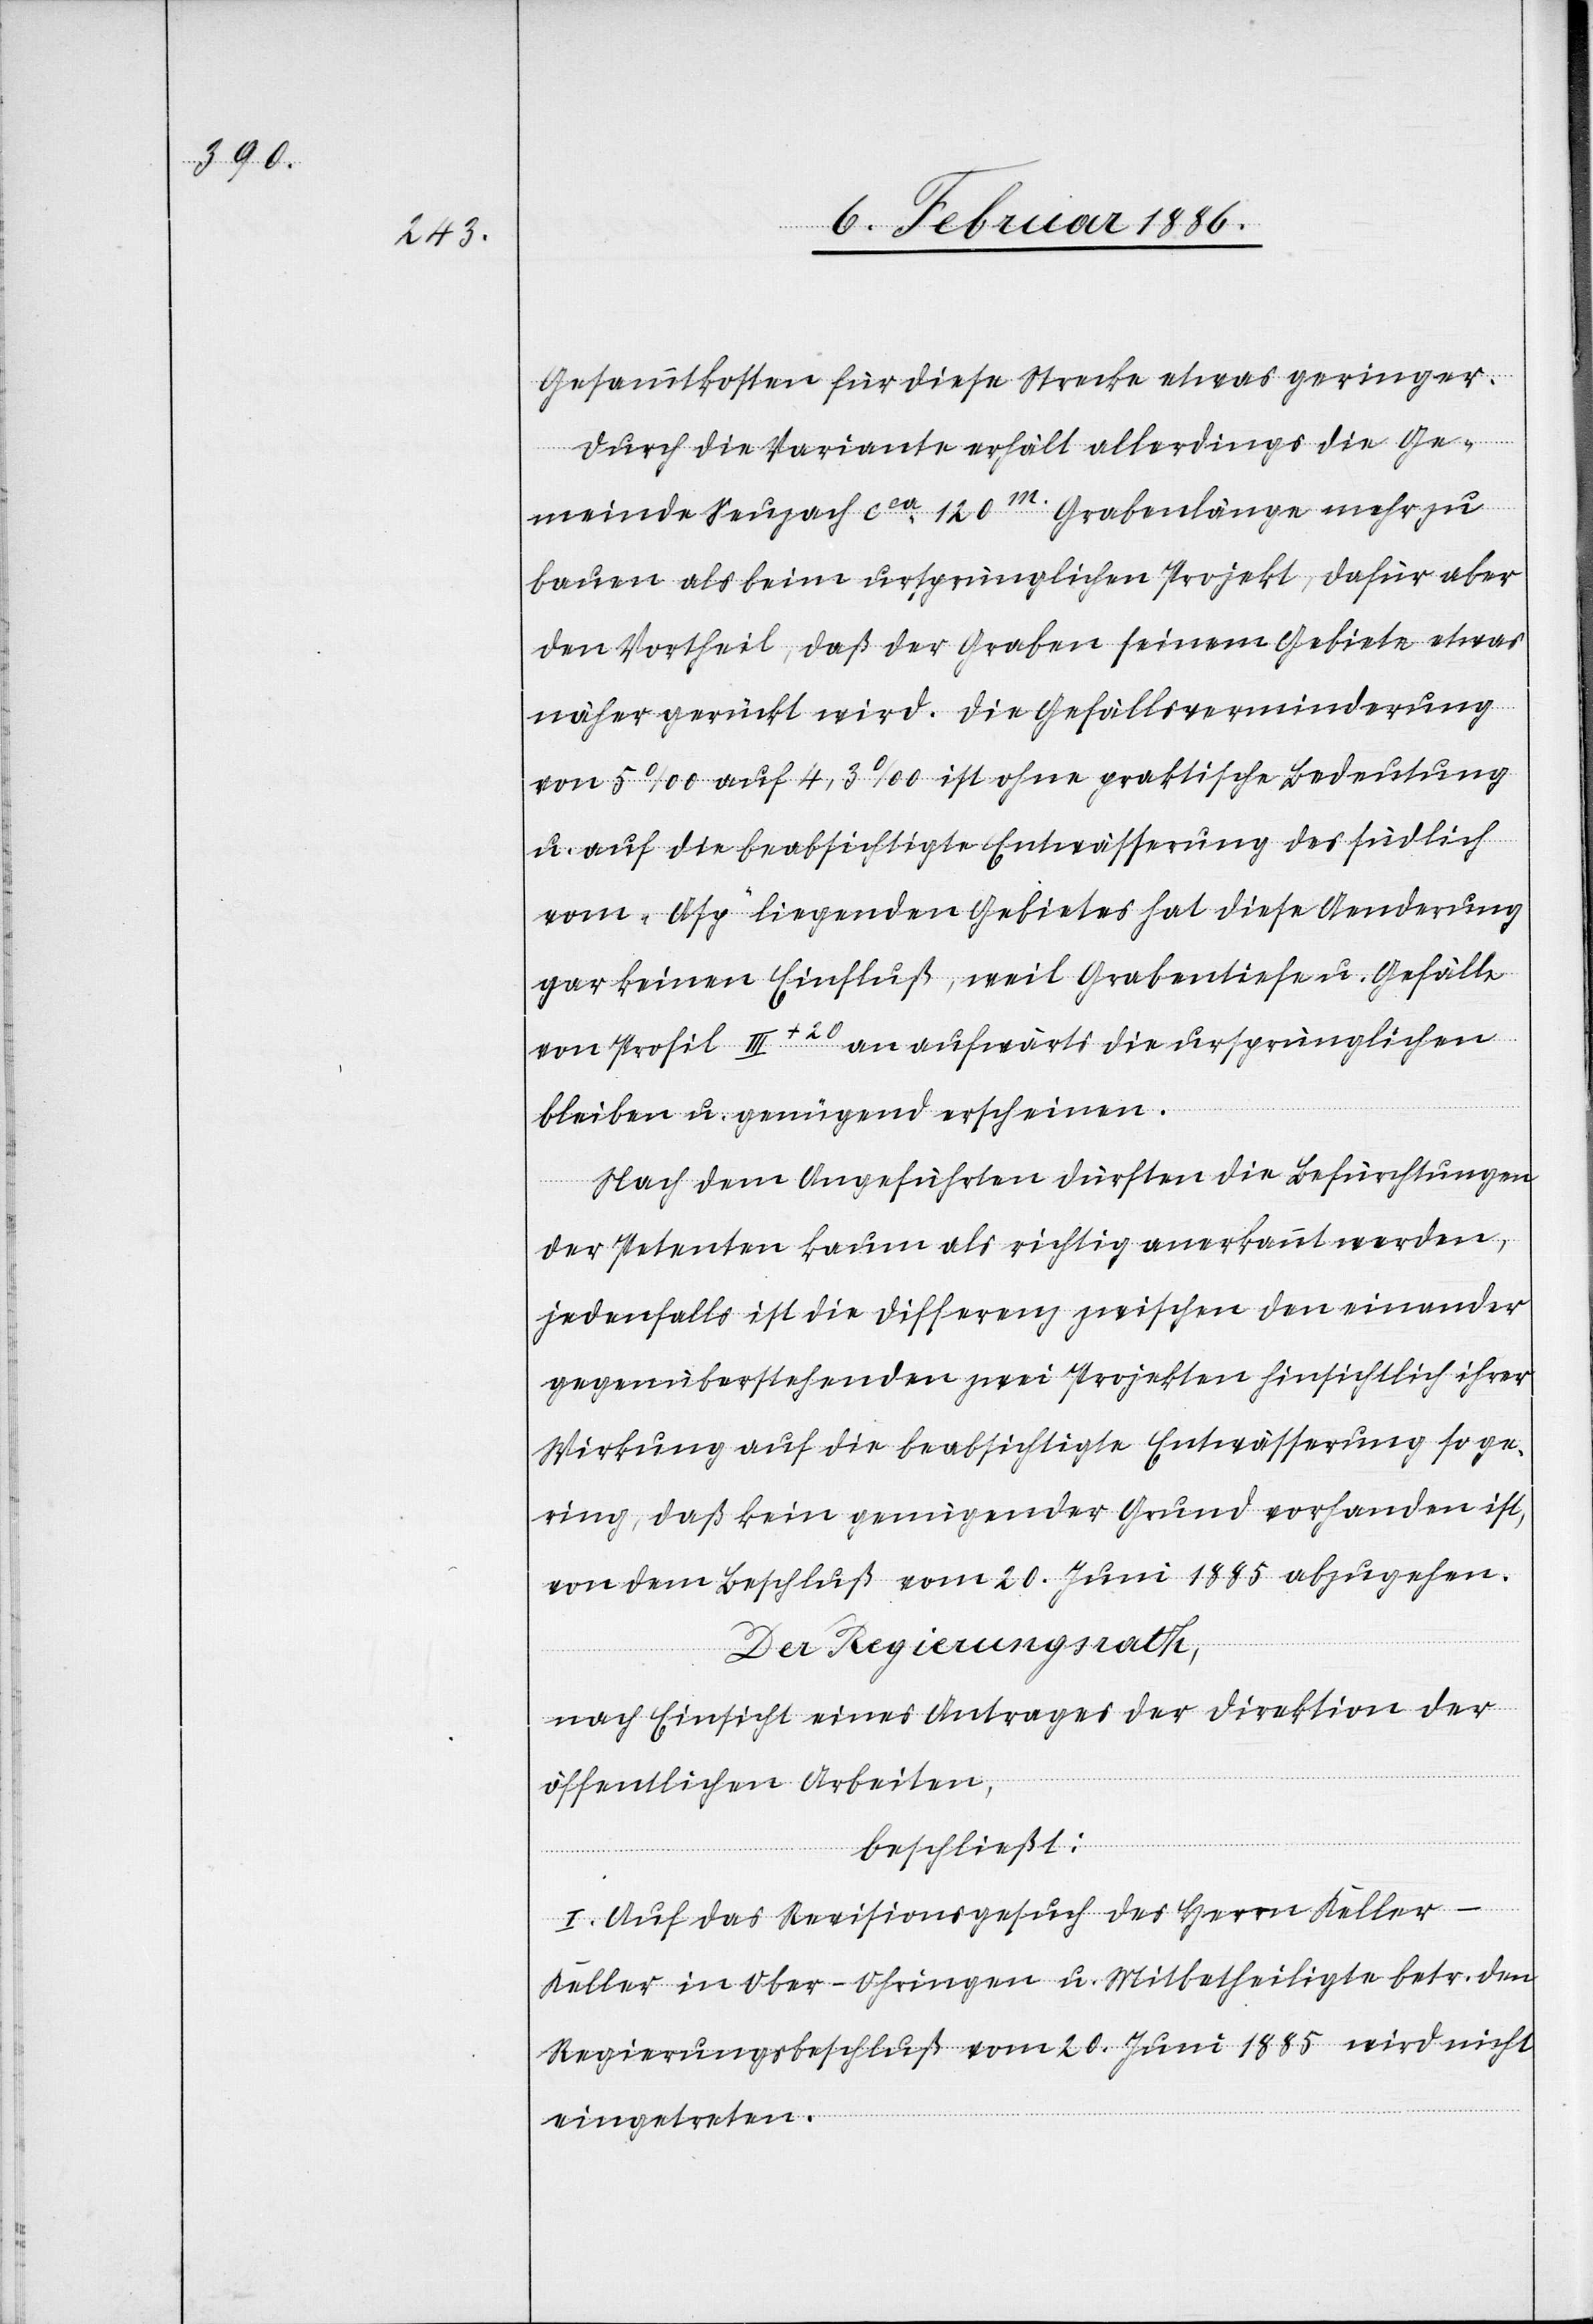
Gesammtkosten für diese Stecke etwas geringer.
Durch die Variante erhält allerdings die Ge¬
meinde Seuzach cca 120m. Grabenlänge mehr zu
bauen als beim ursprünglichen Projekt, dafür aber
den Vortheil, daß der Graben seinem Gebiete etwas
näher gerückt wird. Die Gefällsverminderung
von 5‰ auf 4,3‰ ist ohne praktische Bedeutung
u. auf die beabsichtigte Entwässerung des südlich
vom „Asp“ liegenden Gebietes hat diese Aenderung
gar keinen Einfluß, weil Grabentiefe u. Gefälle
von Profil III+20 an aufwärts die ursprünglichen
bleiben u. genügend erscheinen.
Nach dem Angeführten dürften die Befürchtungen
der Petenten kaum als richtig anerkannt werden,
jedenfalls ist die Differenz zwischen den einander
gegenüberstehenden zwei Projekten hinsichtlich ihrer
Wirkung auf die beabsichtigte Entwässerung so ge¬
ring, daß kein genügender Grund vorhanden ist,
von dem Beschluß vom 20. Juni 1885 abzugehen.
Der Regierungsrath,
nach Einsicht eines Antrages der Direktion der
öffentlichen Arbeiten,
beschließt:
I. Auf das Revisionsgesuch des Herrn Keller-K¬
eller [sic!] in Ober-Ohringen u. Mitbetheiligte betr. dem
Regierungsbeschluß vom 20. Juni 1885 wird nicht
eingetreten.